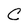
Character: C